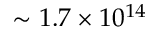
\sim 1 . 7 \times 1 0 ^ { 1 4 }